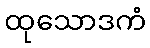
ထုသောဒကံ